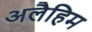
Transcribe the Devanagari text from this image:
अलैहिम